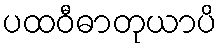
ပထဝီဓာတုယာပိ